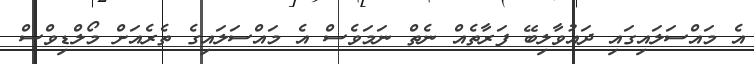
އެ މައްސަލައިގައި ދައުވާލިބޭ ފަރާތެއް ނެތް ނަމަވެސް އެ މައްސަލައިގެ ތެރެއަށް މޯލްޑިވްސް